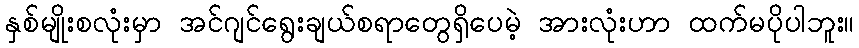
နှစ်မျိုးစလုံးမှာ အင်ဂျင်ရွေးချယ်စရာတွေရှိပေမဲ့ အားလုံးဟာ ထက်မပိုပါဘူး။